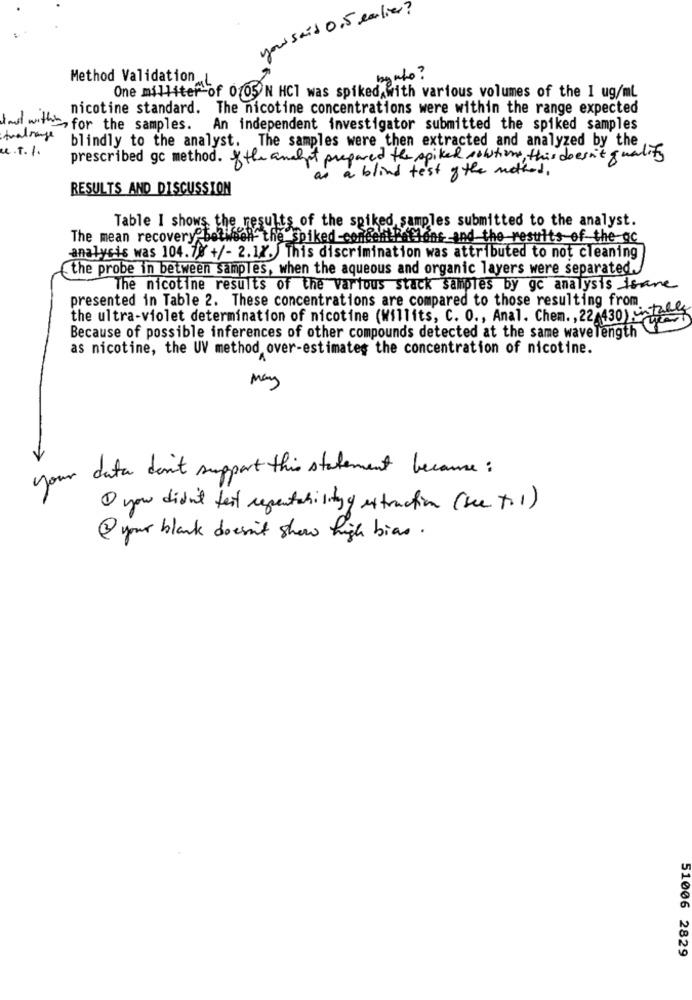
your said 0.5 earlier?
Method Validation L
by who ?
One milliter of 0105 N HCI was spiked with various volumes of the 1 ug/ml
nicotine standard. The nicotine concentrations were within the range expected
tout with, for the samples. An independent investigator submitted the spiked samples
Aralsage
blindly to the analyst. The samples were then extracted and analyzed by the
u.T.I.
prescribed gc method. of the analyt prepared the spiked solutions, this doesn't quality
as a blind test of the method.
RESULTS AND DISCUSSION
Table I shows the results of the spiked samples submitted to the analyst.
The mean recovery between the spiked-concentrations and the results of the ac
analysis was 104.78 +/- 2.1X. This discrimination was attributed to not cleaning
.the probe in between samples, when the aqueous and organic layers were separated.
The nicotine results of the various stack samples by gc analysis isane
presented in Table 2. These concentrations are compared to those resulting from
the ultra-violet determination of nicotine (Willits, C. O ., Anal. Chem ., 22 430)-
Because of possible inferences of other compounds detected at the same wavelength
as nicotine, the UV method over-estimates the concentration of nicotine.
May
V
your data don't support this statement because :
I you didn't test repeatabilityy extraction ( see to1)
@ your blank doesn't show high bias.
51006 2829